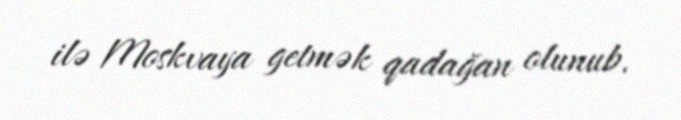
ilə Moskvaya getmək qadağan olunub.